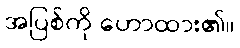
အပြစ်ကို ဟောထား၏။